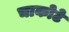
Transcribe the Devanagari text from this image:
चाकोटे